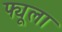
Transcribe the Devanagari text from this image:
फ्यूला